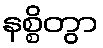
နစ္စိတွာ